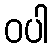
ဝပါ